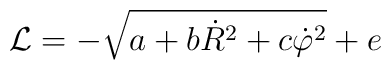
{\cal L} = - \sqrt{a+ b\dot{R}^2 + c \dot{\varphi}^2 } + e